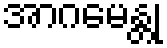
အာဂမေန္တု